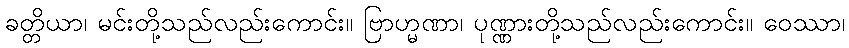
ခတ္တိယာ၊ မင်းတို့သည်လည်းကောင်း။ ဗြာဟ္မဏာ၊ ပုဏ္ဏားတို့သည်လည်းကောင်း။ ဝေဿာ၊